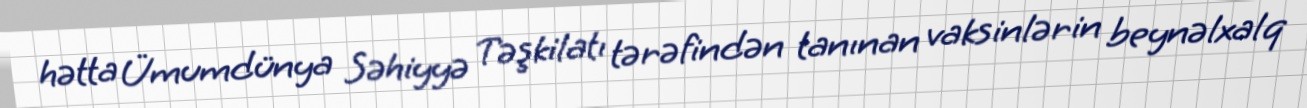
hətta Ümumdünya Səhiyyə Təşkilatı tərəfindən tanınan vaksinlərin beynəlxalq